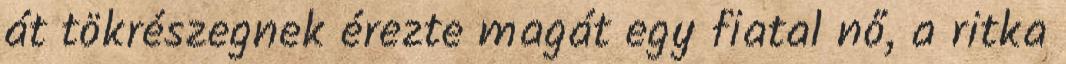
át tökrészegnek érezte magát egy fiatal nő, a ritka